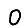
Digit: 0